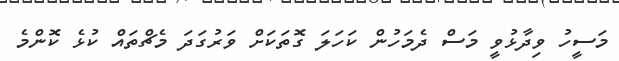
މަސީހު ވިދާޅުވީ މަސް ދެމަހުން ކަހަލަ ގޮތަކަށް ވަރުގަދަ މެޗްތައް ކުޅެ ކޮންމެ